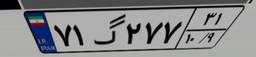
۸۱گ۱۸۹۹۵